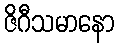
ဇိဂီသမာနော